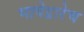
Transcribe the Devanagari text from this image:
भाषेद्वारेच